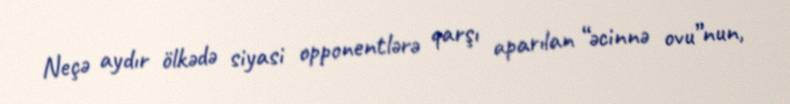
Neçə aydır ölkədə siyasi opponentlərə qarşı aparılan “əcinnə ovu”nun,